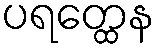
ပရတ္ထေန